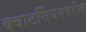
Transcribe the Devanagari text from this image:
क्वाटर्नियनवरील